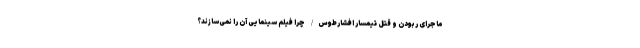
ماجرای ربودن و قتل تیمسار افشارطوس/ چرا فیلم سینمایی آن را نمی‌سازند؟